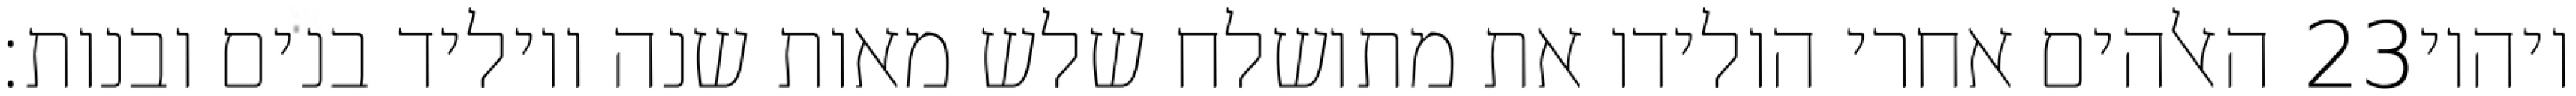
האלהים אחרי הולידו את מתושלח שלש מאות שנה ויוליד בנים ובנות׃ ‎23‏ ויהיו